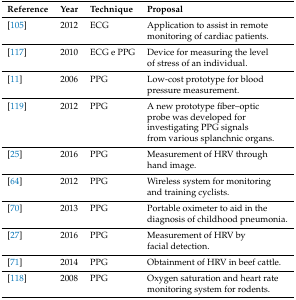
<table><thead><tr><td><b>Reference</b></td><td><b>Year</b></td><td><b>Technique</b></td><td><b>Proposal</b></td></tr></thead><tbody><tr><td>[105]</td><td>2012</td><td>ECG</td><td>Application to assist in remote</td></tr><tr><td></td><td></td><td></td><td>monitoring of cardiac patients.</td></tr><tr><td>[117]</td><td>2010</td><td>ECG e PPG</td><td>Device for measuring the level</td></tr><tr><td></td><td></td><td></td><td>of stress of an individual.</td></tr><tr><td>[11]</td><td>2006</td><td>PPG</td><td>Low-cost prototype for blood</td></tr><tr><td></td><td></td><td></td><td>pressure measurement.</td></tr><tr><td>[119]</td><td>2012</td><td>PPG</td><td>A new prototype fiber–optic</td></tr><tr><td></td><td></td><td></td><td>probe was developed for</td></tr><tr><td></td><td></td><td></td><td>investigating PPG signals</td></tr><tr><td></td><td></td><td></td><td>from various splanchnic organs.</td></tr><tr><td>[25]</td><td>2016</td><td>PPG</td><td>Measurement of HRV through</td></tr><tr><td></td><td></td><td></td><td>hand image.</td></tr><tr><td>[64]</td><td>2012</td><td>PPG</td><td>Wireless system for monitoring</td></tr><tr><td></td><td></td><td></td><td>and training cyclists.</td></tr><tr><td>[70]</td><td>2013</td><td>PPG</td><td>Portable oximeter to aid in the</td></tr><tr><td></td><td></td><td></td><td>diagnosis of childhood pneumonia.</td></tr><tr><td>[27]</td><td>2016</td><td>PPG</td><td>Measurement of HRV by</td></tr><tr><td></td><td></td><td></td><td>facial detection.</td></tr><tr><td>[71]</td><td>2014</td><td>PPG</td><td>Obtainment of HRV in beef cattle.</td></tr><tr><td>[118]</td><td>2008</td><td>PPG</td><td>Oxygen saturation and heart rate</td></tr><tr><td></td><td></td><td></td><td>monitoring system for rodents.</td></tr></tbody></table>